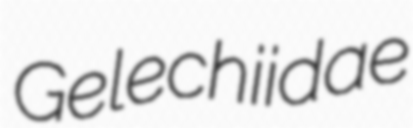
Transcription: Gelechiidae